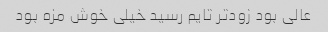
عالی بود زودتر تایم رسید خیلی خوش مزه بود